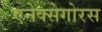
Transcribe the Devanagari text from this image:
एनेक्सेगोरस